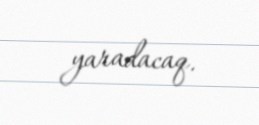
yaradacaq.